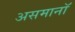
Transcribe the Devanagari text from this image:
असमानॉ